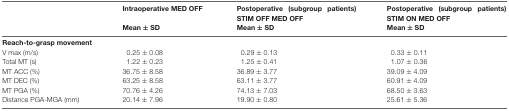
|  | Intraoperative MED OFF | Postoperative (subgroup patients) STIM OFF MED OFF | Postoperative (subgroup patients) STIM ON MED OFF |
 |  | Mean ± SD | Mean ± SD | Mean ± SD |
 | --- | --- | --- | --- |
 | Reach-to-grasp movement |  |  |  |
 | V max (m/s) | 0.25 ± 0.08 | 0.29 ± 0.13 | 0.33 ± 0.11 |
 | Total MT (s) | 1.22 ± 0.23 | 1.25 ± 0.41 | 1.07 ± 0.36 |
 | MT ACC (%) | 36.75 ± 8.58 | 36.89 ± 3.77 | 39.09 ± 4.09 |
 | MT DEC (%) | 63.25 ± 8.58 | 63.11 ± 3.77 | 60.91 ± 4.09 |
 | MT PGA (%) | 70.76 ± 4.26 | 74.13 ± 7.03 | 68.50 ± 3.63 |
 | Distance PGA-MGA (mm) | 20.14 ± 7.96 | 19.90 ± 0.80 | 25.61 ± 5.36 |